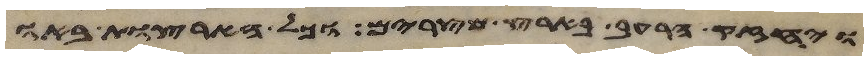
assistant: ויחזק הרעב בארץ מצרים וכל הארצות באו